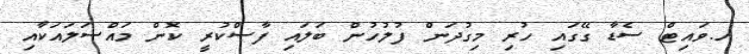
ހ.ވައިޓް ސެޑާ ގޭގައި ހުރި މިގުދަން ފުލުހުން ބަލައި ފާސްކުރީ ކޮން މައްސަލައަކާއި